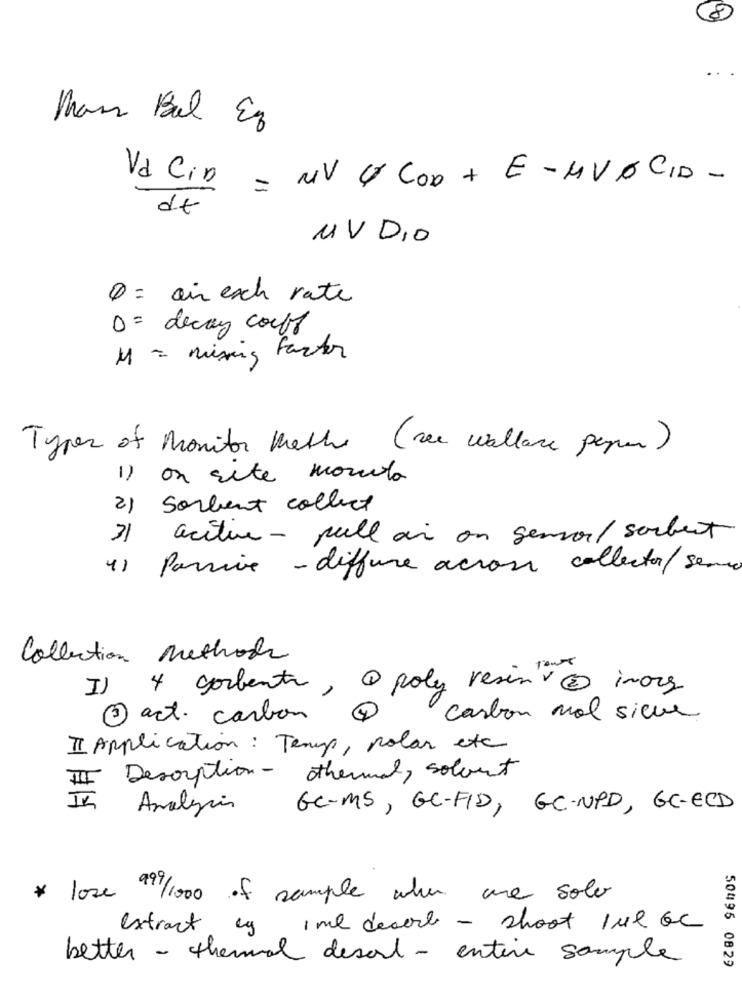
8
Mais Bal Ez
Va Cio = MV c Coo + E -MVOCID -
dt
UV DIO
Q = air exch rate
0= decay coff
M = Mixing Factor
Types of Monitor Methe (see wallace peper )
1) on site monito
2)
Sorbent collect
31
acitie - pull air on genoil sorbet
41
Passive - diffure across collector/semo
Collection Methods
I)
4 gorbent, a poly resin " 0 inorg
3 act. carbon
carbon mol sieve
II Application : Temp, polar etc
III Desorption- othermal, solaut
Analysis
GC-MS, GC-FID, GC-NPD, GC-ECD
* lose 91/1000 of sample when are sole
extract
Ime desort - shoot tul oc
better - themal desarl - entire sample
50496 0829